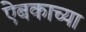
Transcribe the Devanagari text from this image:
ऐबकाच्या